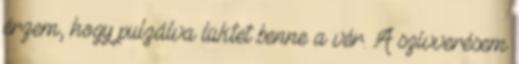
érzem, hogy pulzálva lüktet benne a vér. A szívverésem